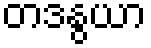
တဒနွယာ